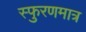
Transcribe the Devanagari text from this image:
स्फुरणमात्र